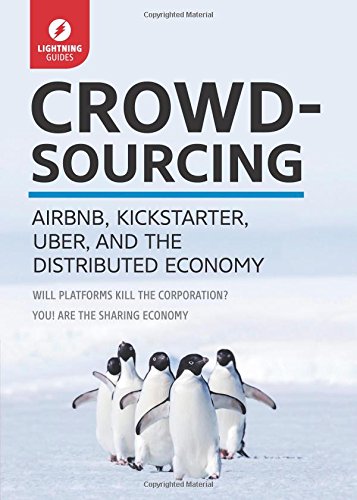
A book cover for Crowdsourcing: Uber, Airbnb, Kickstarter, & the Distributed Economy; Lightning Guides; Computers & Technology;